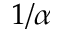
1 / \alpha